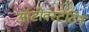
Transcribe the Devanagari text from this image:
ऑटोवस्टेटिन